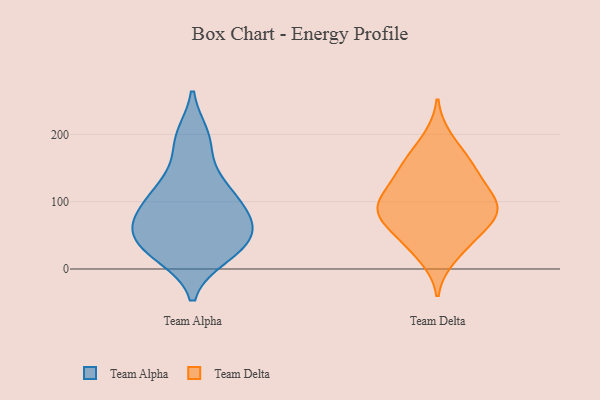
{"axis": {"x": "Active Users", "y": "Value"}, "legend": ["Team Alpha", "Team Delta"], "data": [{"x": "", "y": 87, "type": "Team Alpha"}, {"x": "", "y": 27, "type": "Team Alpha"}, {"x": "", "y": 197, "type": "Team Alpha"}, {"x": "", "y": 75, "type": "Team Alpha"}, {"x": "", "y": 188, "type": "Team Alpha"}, {"x": "", "y": 119, "type": "Team Alpha"}, {"x": "", "y": 57, "type": "Team Alpha"}, {"x": "", "y": 26, "type": "Team Alpha"}, {"x": "", "y": 74, "type": "Team Alpha"}, {"x": "", "y": 109, "type": "Team Alpha"}, {"x": "", "y": 47, "type": "Team Alpha"}, {"x": "", "y": 129, "type": "Team Alpha"}, {"x": "", "y": 20, "type": "Team Alpha"}, {"x": "", "y": 54, "type": "Team Alpha"}, {"x": "", "y": 168, "type": "Team Delta"}, {"x": "", "y": 154, "type": "Team Delta"}, {"x": "", "y": 194, "type": "Team Delta"}, {"x": "", "y": 105, "type": "Team Delta"}, {"x": "", "y": 18, "type": "Team Delta"}, {"x": "", "y": 100, "type": "Team Delta"}, {"x": "", "y": 65, "type": "Team Delta"}, {"x": "", "y": 146, "type": "Team Delta"}, {"x": "", "y": 138, "type": "Team Delta"}, {"x": "", "y": 86, "type": "Team Delta"}, {"x": "", "y": 67, "type": "Team Delta"}, {"x": "", "y": 84, "type": "Team Delta"}, {"x": "", "y": 86, "type": "Team Delta"}, {"x": "", "y": 95, "type": "Team Delta"}, {"x": "", "y": 33, "type": "Team Delta"}, {"x": "", "y": 48, "type": "Team Delta"}, {"x": "", "y": 120, "type": "Team Delta"}]}